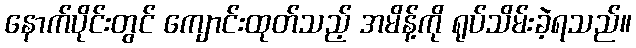
နောက်ပိုင်းတွင် ကျောင်းထုတ်သည့် အမိန့်ကို ရုပ်သိမ်းခဲ့ရသည်။